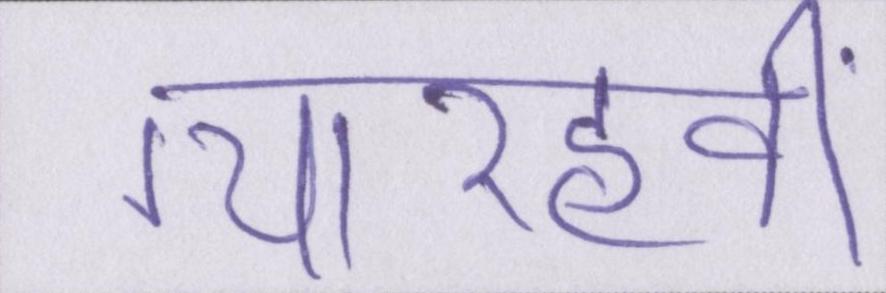
ग्यारहवीं